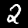
Digit: 2